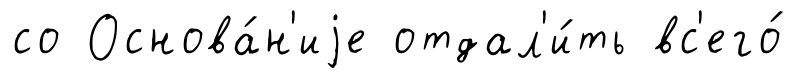
со Основа́н'иjе отдал'и́ть вс'его́